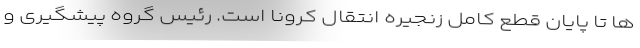
ها تا پایان قطع کامل زنجیره انتقال کرونا است. رئیس گروه پیشگیری و